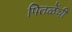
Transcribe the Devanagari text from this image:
पितळेंचीं